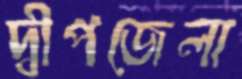
দ্বীপজেলা